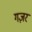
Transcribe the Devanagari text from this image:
गज़र